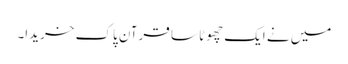
میں نے ایک چھوٹا سا قرآن پاک خریدا۔